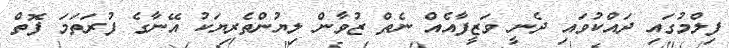
ފިލްމުގައި ދައްކުވައި ދެނީ ވަޒީފާއެއް ނެތް ޒުވާން ލިޔުންތެރިޔަކު އޭނާގެ ފުރަތަމަ ފޮތް